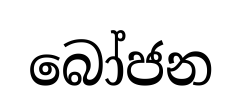
බෝජන